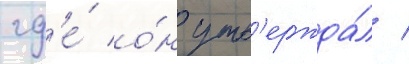
гд'е́ о́н утв'ержда́л /